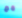
مع